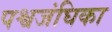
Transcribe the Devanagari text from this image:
पश्वजंघिका